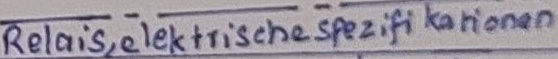
Text: Relais,elektrischespezifikationen